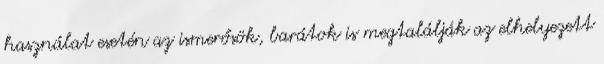
használat esetén az ismerősök, barátok is megtalálják az elhelyezett